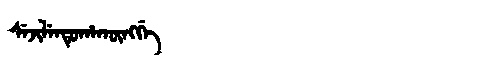
Manchu: ᠰᡝᠵᡳᠯᡝᠨᡩᡠᡥᠠᡴᡡᠩᡤᡝ
Romanization: SEJILENDUHAKŪNGGE